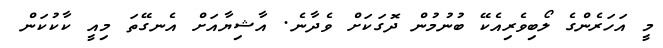
މީ އަހަރެންގެ ލޯބިވެރިއެކޭ ބުނުމުން ދޮގަކަށް ވެދާނެ. އާޝިޔާއަށް އެނގޭތަ މިއީ ކާކުކަން